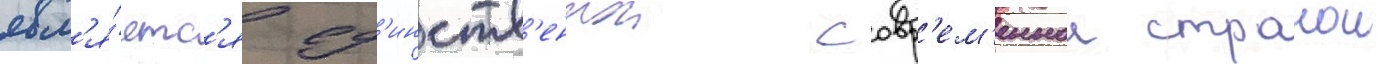
явл'я́етс'я ед'инств'еннои совр'ем'еннои странои